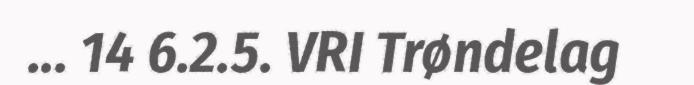
... 14 6.2.5. VRI Trøndelag